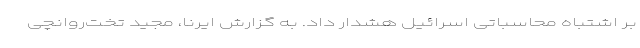
بر اشتباه محاسباتی اسرائیل هشدار داد. به گزارش ایرنا، مجید تخت‌روانچی